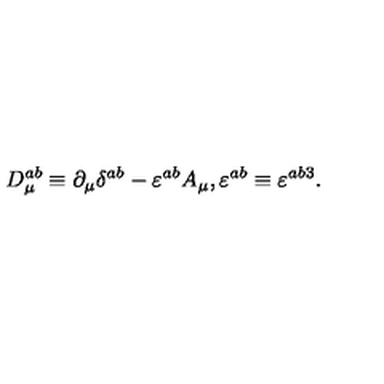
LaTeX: D _ { \mu } ^ { a b } \equiv \partial _ { \mu } \delta ^ { a b } - \varepsilon ^ { a b } A _ { \mu } , \varepsilon ^ { a b } \equiv \varepsilon ^ { a b 3 } .